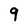
Character: 9